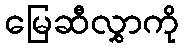
မြေဆီလွှာကို